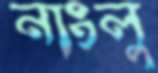
নাংলু